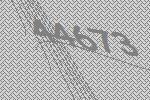
44673